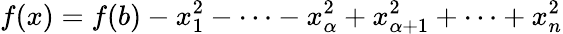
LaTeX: f(x)=f(b)-x_{1}^{2}-\cdots-x_{\alpha}^{2}+x_{\alpha+1}^{2}+\cdots+x_{n}^{2}